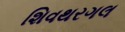
શિવથરગલ